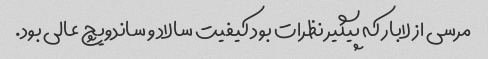
مرسی از لابار که پیگیر نظرات بود کیفیت سالاد و ساندویچ عالی بود.